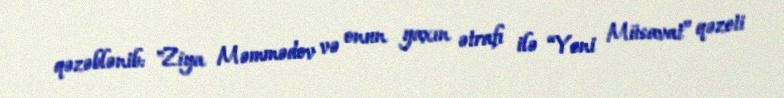
qəzəblənib: "Ziya Məmmədov və onun yaxın ətrafı ilə “Yeni Müsavat” qəzeti